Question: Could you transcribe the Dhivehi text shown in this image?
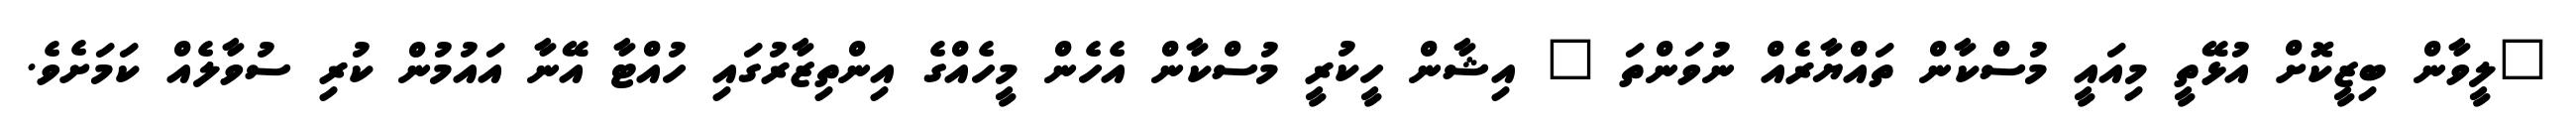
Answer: "ލީވާން ބިޒީކޮށް އުޅޭތީ މިއައީ މުސްކާން ތައްޔާރެއް ނުވަންތަ " އިޝާން ހީކުރީ މުސްކާން އެހެން މީހެއްގެ އިންތިޒާރުގައި ހުއްޓާ އޭނާ އައުމުން ކުރި ސުވާލެއް ކަމަށެވެ.